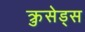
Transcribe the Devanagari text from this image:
क्रुसेड्स